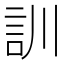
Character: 訓